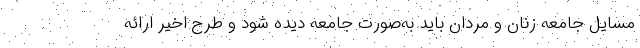
مسایل جامعه زنان و مردان باید به‌صورت جامعه دیده شود و طرح اخیر ارائه